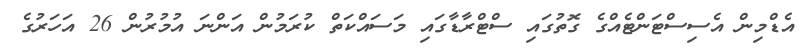
އެޑްމިން އެސިސްޓަންޓެއްގެ ގޮތުގައި ސްޓްރާޑާގައި މަސައްކަތް ކުރަމުން އަންނަ އުމުރުން 26 އަހަރުގެ